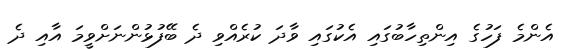
އެންމެ ފަހުގެ އިންތިހާބުގައި އެކުގައި ވާދަ ކުރެއްވި ދެ ބޭފުޅުންނަށްވީމަ އާއި ދެ